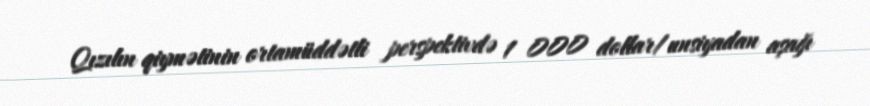
Qızılın qiymətinin ortamüddətli perspektivdə 1 000 dollar/unsiyadan aşağı